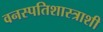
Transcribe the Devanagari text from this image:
वनस्पतिशास्त्राशी